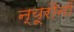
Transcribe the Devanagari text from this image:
न्यूरौनों